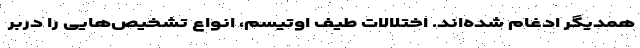
همدیگر ادغام شده‌اند. اختلالات طیف اوتیسم، انواع تشخیص‌هایی را دربر